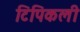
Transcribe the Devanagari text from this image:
टिपिकली